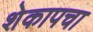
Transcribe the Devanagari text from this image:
शेकापचा